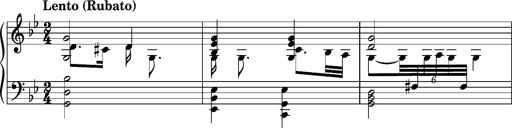
Title: Ungarischer Romanzero
Composer: Franz Liszt